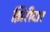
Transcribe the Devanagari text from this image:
झिरीदार